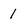
Character: 1